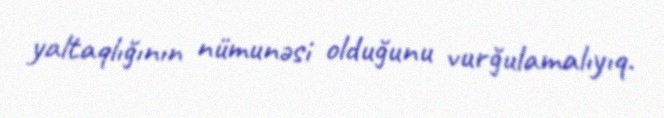
yaltaqlığının nümunəsi olduğunu vurğulamalıyıq.